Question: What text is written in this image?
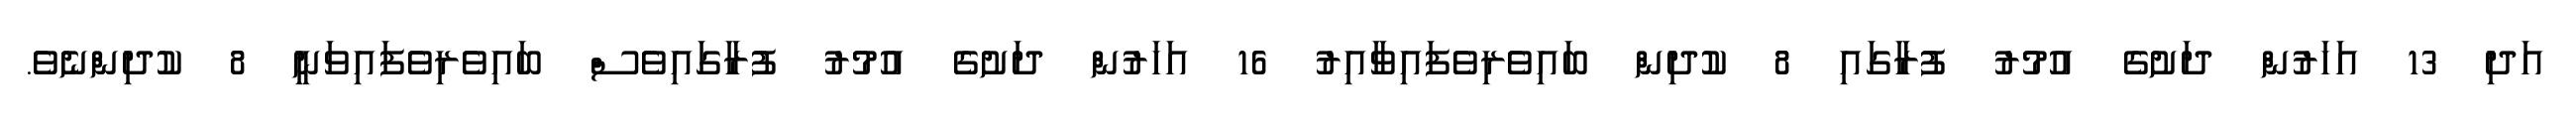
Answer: އަދި 13 އަހަރުން ދަށުގެ އުމުރު ފުރާގައި 8 ކުދިން ބައިވެރިވެފައިވާއިރު 16 އަހަރުން ދަށުގެ އުމުރު ފުރާގައިވެސް ބައިވެރިވެފައިވަނީ 8 ކުދިންނެވެ.